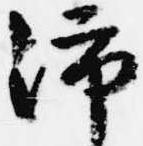
沛